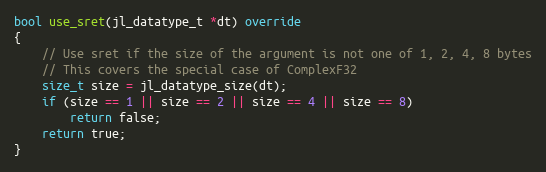
Language: C++
bool use_sret(jl_datatype_t *dt) override
{
    // Use sret if the size of the argument is not one of 1, 2, 4, 8 bytes
    // This covers the special case of ComplexF32
    size_t size = jl_datatype_size(dt);
    if (size == 1 || size == 2 || size == 4 || size == 8)
        return false;
    return true;
}